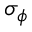
\sigma _ { \phi }